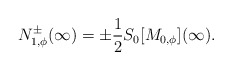
\begin{align*}N_{1,\phi}^{\pm}(\infty) = \pm \frac{1}{2} S_{0}[M_{0,\phi}](\infty).\end{align*}